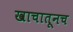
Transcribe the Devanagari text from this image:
खाचातूनच